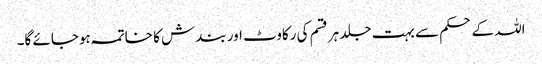
اللہ کے حکم سے بہت جلد ہرقسم کی رکاوٹ اور بندش کا خاتمہ ہوجائے گا۔